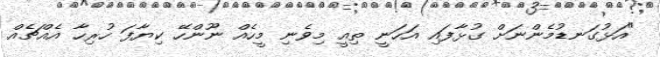
"އަޅުގަނޑުމެންނަށް ގުޅާފައި އަހަނީ ތިއީ މިވެނި މީހެއް ނޫންހޭ ކިޔާފަ ހުރިހާ އެއްޗެއް